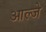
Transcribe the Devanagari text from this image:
आल्जे